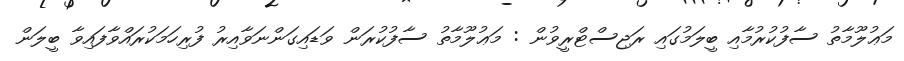
މަޢުލޫމާތު ސާފުކުރުމާއި ބީލަމުގައި ރަޖިސްޓްރީވުން : މަޢުލޫމާތު ސާފުކުރަން ވަޑައިގަންނަވާއިރު ފުރިހަމަކުރައްވާފައިވާ ބީލަން